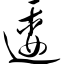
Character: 逶